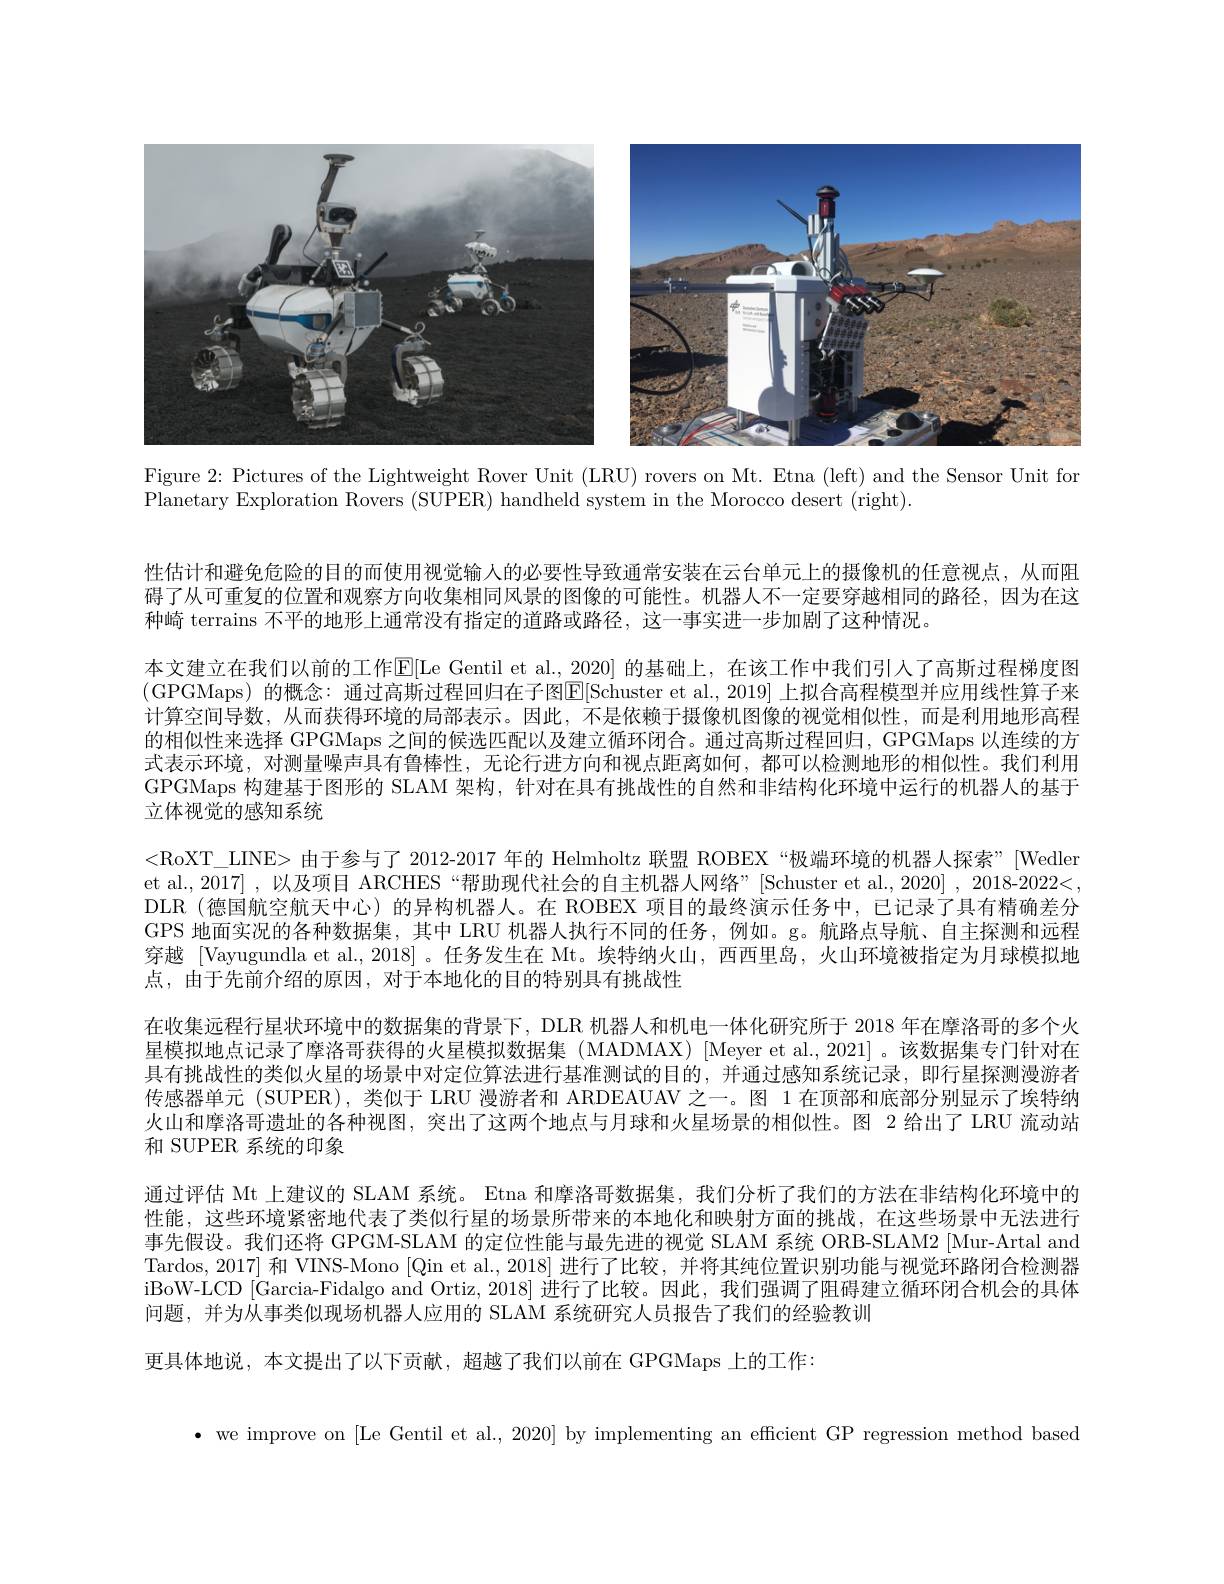
<FigureHere>

Figure 2: Pictures of the Lightweight Rover Unit (LRU) rovers on Mt. Etna (left) and the Sensor Unit fon
Planetary Exploration Rovers (SUPER) handheld system in the Morocco desert (right).

性估计和避免危险的目的而使用视觉输人的必要性导致通常安装在云台单元上的摄像机的任意视点，从而阻碍了从可重复的位置和观察方向收集相同风景的图像的可能性。机器人不一定要穿越相同的路径，因为在这种崎 terrains 不平的地形上通常没有指定的道路或路径，这一事实进一步加剧了这种情况。
本文建立在我们以前的工作E[ Le Gentil et al. , $\underline {2}$020] 的基础上，在该工作中我们引入了高斯过程梯度图(GPGMaps)的概念：通过高斯过程回归在子图E[Schuster et al., 2019] 上拟合高程模型并应用线性算子来计算空间导数，从而获得环境的局部表示。因此，不是依赖于摄像机图像的视觉相似性，而是利用地形高程的相似性来选择 GPGMaps 之间的候选匹配以及建立循环闭合。通过高斯过程回归，GPGMaps 以连续的方式表示环境，对测量噪声具有鲁棒性，无论行进方向和视点距离如何，都可以检测地形的相似性。我们利用GPGMaps 构建基于图形的 SLAM 架构，针对在具有挑战性的自然和非结构化环境中运行的机器人的基于立体视觉的感知系统
<RoXT\_LINE>由于参与了 2012-2017 年的 Helmholtz 联盟 ROBEX“极端环境的机器人探索”[Wedler et al.,2017] , 以及项目 ARCHES “帮助现代社会的自主机器人网络”[Schuster et al.,2020] , 2018-2022<, DLR (德国航空航天中心)的异构机器人。在 ROBEX 项目的最终演示任务中，已记录了具有精确差分GPS 地面实况的各种数据集，其中 LRU 机器人执行不同的任务，例如。g。航路点导航、自主探测和远程穿越 [Vayugundla et al., 2018] 。任务发生在 Mt。埃特纳火山，西西里岛，火山环境被指定为月球模拟地点，由于先前介绍的原因，对于本地化的目的特别具有挑战性
在收集远程行星状环境中的数据集的背景下，DLR 机器人和机电一体化研究所于 2018 年在摩洛哥的多个火星模拟地点记录了摩洛哥获得的火星模拟数据集(MADMAX)[Meyer et al.,2021]。该数据集专门针对在具有挑战性的类似火星的场景中对定位算法进行基准测试的目的，并通过感知系统记录，即行星探测漫游者传感器单元(SUPER),类似于 LRU 漫游者和 ARDEAUAV 之一。图 1 在顶部和底部分别显示了埃特纳火山和摩洛哥遗址的各种视图，突出了这两个地点与月球和火星场景的相似性。图 2 给出了 LRU 流动站和 SUPER 系统的印象
通过评估 Mt 上建议的 SLAM 系统。Etna 和摩洛哥数据集，我们分析了我们的方法在非结构化环境中的性能，这些环境紧密地代表了类似行星的场景所带来的本地化和映射方面的挑战，在这些场景中无法进行事先假设。我们还将 GPGM-SLAM 的定位性能与最先进的视觉 SLAM 系统 ORB-SLAM2 [Mur-Artal and Tardos, 2017] 和 VINS-Mono [Qin et al., 2018] 进行了比较，并将其纯位置识别功能与视觉环路闭合检测器iBoW-LCD [Garcia-Fidalgo and Ortiz, 2018] 进行了比较。因此，我们强调了阻碍建立循环闭合机会的具体问题，并为从事类似现场机器人应用的 SLAM 系统研究人员报告了我们的经验教训
更具体地说，本文提出了以下贡献，超越了我们以前在 GPGMaps 上的工作：

$\bullet$ we improve on [Le Gentil et al., 2020] by implementing an efficient GP regression method based